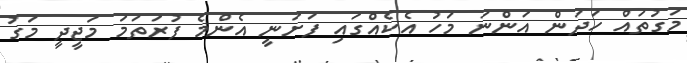
މަގުތައް ހަދަން އަންނަ މަހު އެކެއްގައި ފަށަނީ އެންމެ ފުރަތަމަ މަޖީދީ މަގު